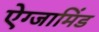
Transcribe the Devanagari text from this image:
ऐग्जामिंड